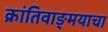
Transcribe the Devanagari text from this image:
क्रांतिवाङ्मयाचा